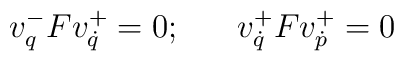
v^{-}_{q}Fv^{+}_{\dot q}=0;\ \ \ \ \ v^{+}_{\dot q}Fv^{+}_{\dot p}=0